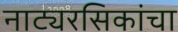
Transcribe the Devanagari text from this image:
नाट्यरसिकांचा